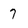
Character: 7